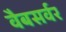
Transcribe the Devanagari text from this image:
वैबसर्वर